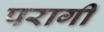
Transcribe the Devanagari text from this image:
परागी